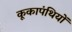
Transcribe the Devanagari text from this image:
कूकापंथियों